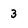
Character: 3